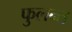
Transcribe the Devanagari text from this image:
फुलन्त